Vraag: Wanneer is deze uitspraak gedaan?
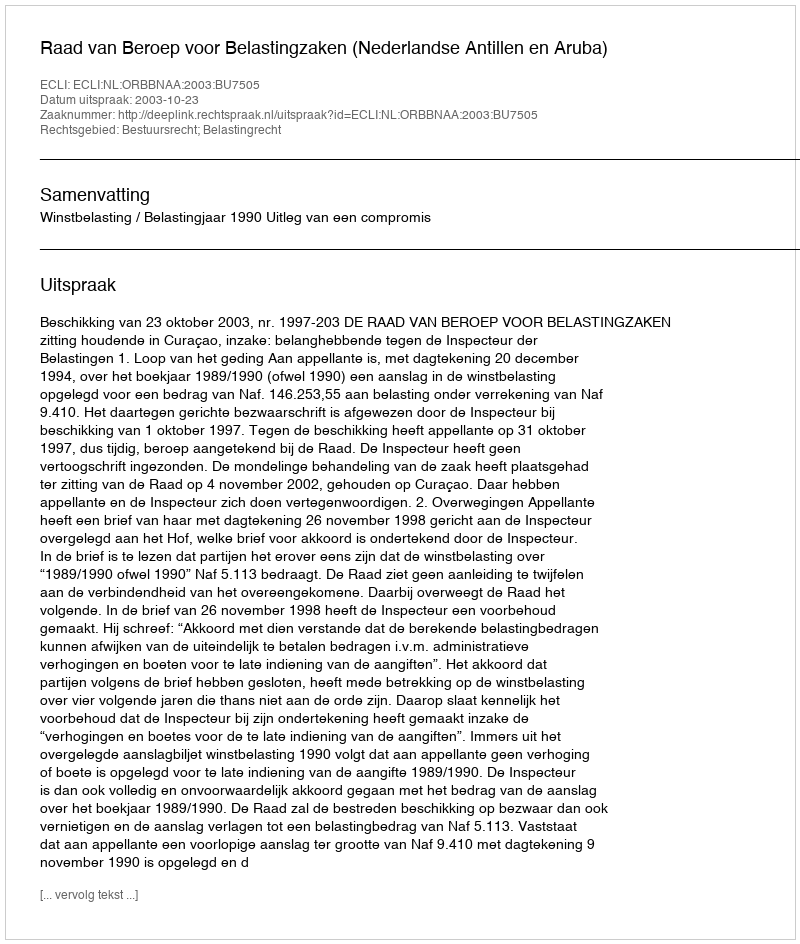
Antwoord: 2003-10-23